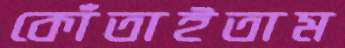
কোঁতাইতাম